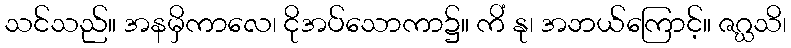
သင်သည်။ အနမှိကာလေ၊ ငိုအပ်သောကာ၌။ ကိံ နု၊ အဘယ်ကြောင့်။ ဇဂ္ဃသိ၊